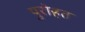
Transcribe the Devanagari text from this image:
पुरोहत